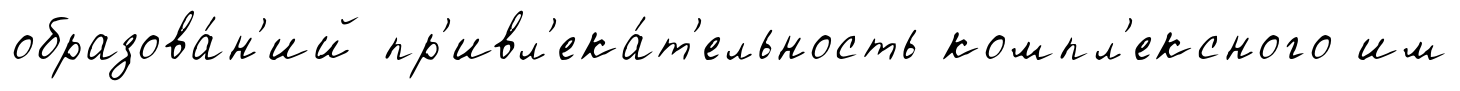
образова́н'ий пр'ивл'ека́т'ельность компл'ексного им